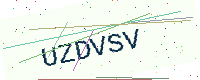
Text: UZDVSV